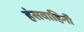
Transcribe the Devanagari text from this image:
हंसवाहिनी